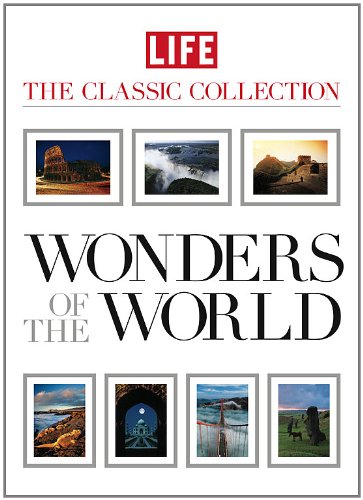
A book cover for LIFE Wonders of the World (Life: The Classic Collection); Editors of Life; Humor & Entertainment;